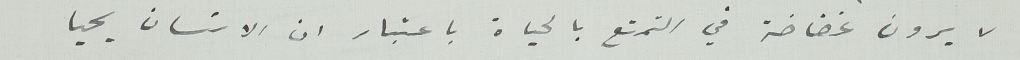
لا يرون غضاضة في التمتع بالحياة باعتبار ان الانسان يحيا